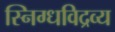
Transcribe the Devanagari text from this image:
स्निग्धविद्रव्य